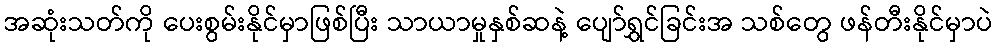
အဆုံးသတ်ကို ပေးစွမ်းနိုင်မှာဖြစ်ပြီး သာယာမှုနှစ်ဆနဲ့ ပျော်ရွှင်ခြင်းအ သစ်တွေ ဖန်တီးနိုင်မှာပဲ